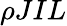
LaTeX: \rho JIL